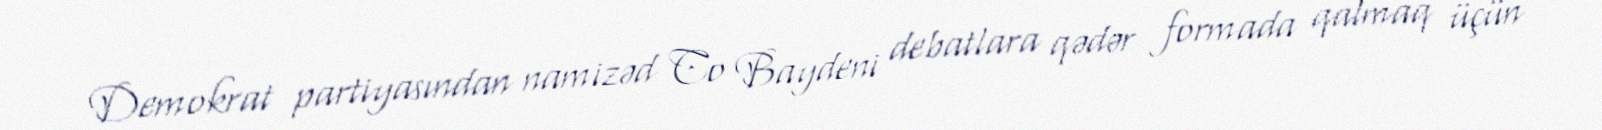
Demokrat partiyasından namizəd Co Baydeni debatlara qədər formada qalmaq üçün